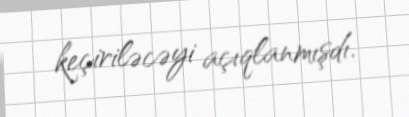
keçiriləcəyi açıqlanmışdı.